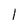
Character: l